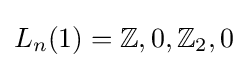
L_{n}(1)=\mathbb {Z} ,0,\mathbb {Z} _{2},0